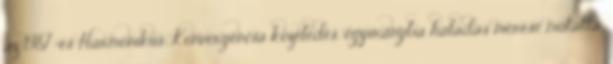
az 1987-es Harmonikus Konvergencia közeledés, egyirányba haladás mérése mutatta,